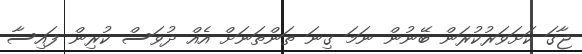
ޖާގަ ކަށަވަރުކުރަން ބޭނުން ނަމަ ގިނަ ތަންތަނަށް އެއް ދުވަސް ކުރިން ފައިސާ